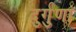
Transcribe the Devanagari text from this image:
दुर्गुणां